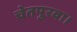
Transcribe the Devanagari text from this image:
चेतपुरवा।